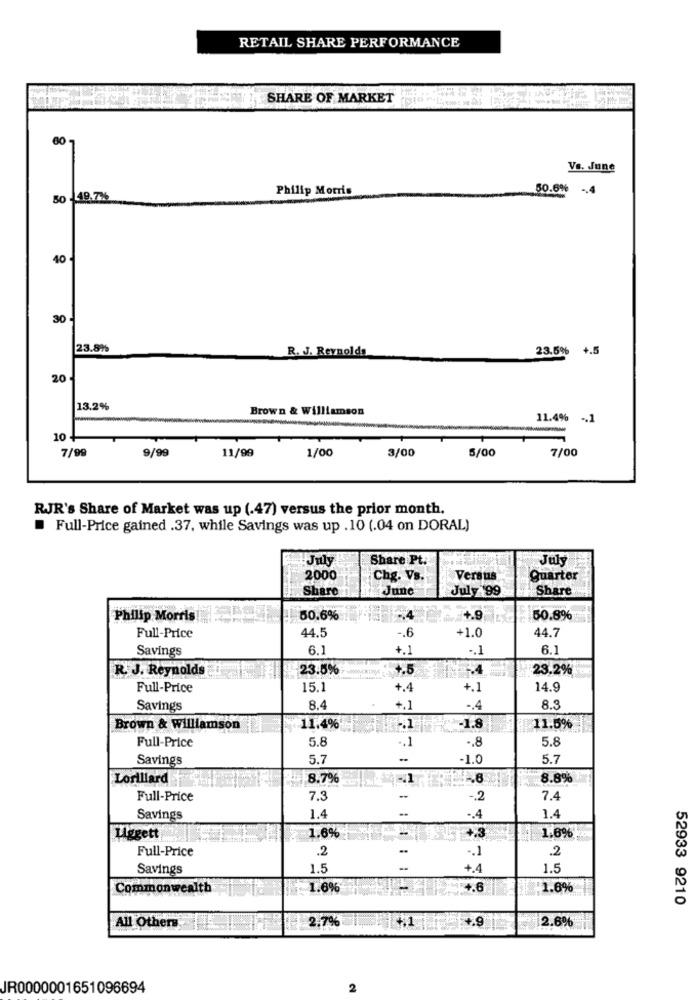
RETAIL SHARE PERFORMANCE
SHARE OF MARKET
60
Vs. June
Philip Morris
50.6%
-4
50 -49.7%
40
30
23.8%
R. J. Reynolds
23.5% +.5
20.
13.2%
Brown & Williamson
11.4% -. 1
10 -
7/99
9/99
11/99
1/00
3/00
5/00
7/00
RJR's Share of Market was up (.47) versus the prior month.
Full-Price gained .37, while Savings was up .10 (.04 on DORAL)
July
Share Pt.
July
2000
Chg. Vs.
Versus
Quarter
Share
June
July199
Share
Philip Morris!
50.6%
+.9
50.8%
44.5
+1.0
44.7
Full-Price
-. 6
Savings
6.1
+.1
-. 1
6.1
R. J. Reynolds
23.5%
4.5
23.2%
Full-Price
15,1
+.4
+.1
14.9
Savings
8.4
+.1
-. 4
8.3
Brown & Williamson
11.4%
-1.8
11.5%
Full-Price
5.8
5.8
.. 1
-. 8
Savings
5.7
-
-1.0
5.7
Lorillard
8.7%
8.8%
Full-Price
7.3
-
-. 2
7.4
Savings
1.4
.. 4
1.4
1.6%
Liggett
1.6%
Full-Price
.2
..
-. 1
.2
Savings
1.5
-
+4
1.5
Commonwealth
1.6%
+.6
1.8%
52933 9210
2.7%
+.1
All Others
2.6%
JR0000001651096694
2